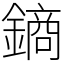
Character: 𨫢